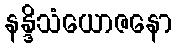
နန္ဒိသံယောဇနော